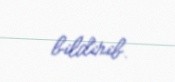
bildirib.